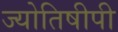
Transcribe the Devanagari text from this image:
ज्योतिषीपी